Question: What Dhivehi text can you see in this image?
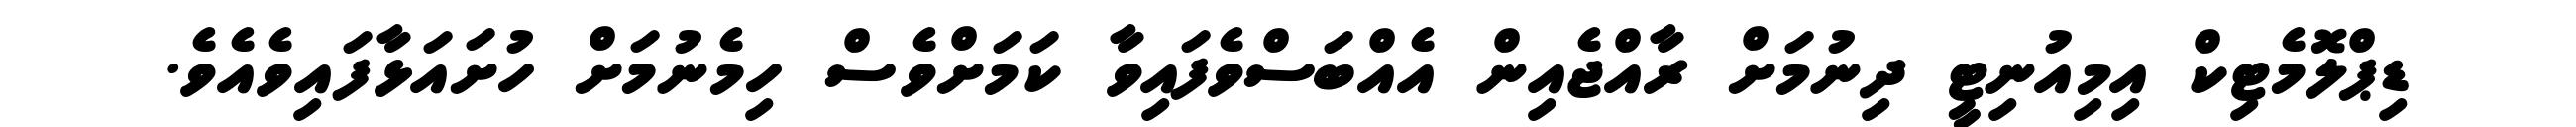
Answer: ޑިޕްލޮމެޓިކް އިމިއުނިޓީ ދިނުމަށް ރާއްޖެއިން އެއްބަސްވެފައިވާ ކަމަށްވެސް ހިމެނުމަށް ހުށައަޅާފައިވެއެވެ.